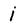
Character: i